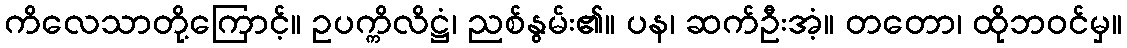
ကိလေသာတို့ကြောင့်။ ဥပက္ကိလိဋ္ဌံ၊ ညစ်နွမ်း၏။ ပန၊ ဆက်ဦးအံ့။ တတော၊ ထိုဘဝင်မှ။